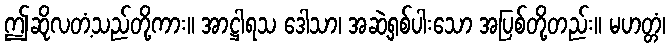
ဤဆိုလတံ့သည်တို့ကား။ အာဋ္ဌါရသ ဒေါသာ၊ အဆဲ့ရှစ်ပါးသော အပြစ်တို့တည်း။ မဟတ္တံ၊